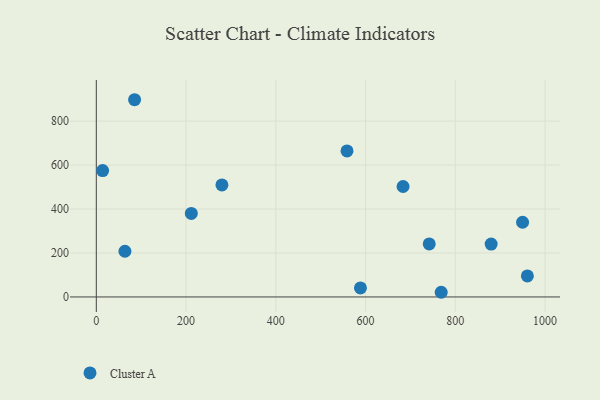
{"axis": {"x": "Price", "y": "Salary"}, "legend": ["Cluster A"], "data": [{"x": "768.5", "y": 21.3, "type": "Cluster A"}, {"x": "683.5", "y": 502.6, "type": "Cluster A"}, {"x": "879.8", "y": 240.7, "type": "Cluster A"}, {"x": "14.1", "y": 574.8, "type": "Cluster A"}, {"x": "279.9", "y": 509.6, "type": "Cluster A"}, {"x": "741.8", "y": 241.4, "type": "Cluster A"}, {"x": "960.5", "y": 95.6, "type": "Cluster A"}, {"x": "949.8", "y": 339.9, "type": "Cluster A"}, {"x": "558.6", "y": 664.3, "type": "Cluster A"}, {"x": "211.7", "y": 379.9, "type": "Cluster A"}, {"x": "85.3", "y": 897.3, "type": "Cluster A"}, {"x": "588.6", "y": 41.1, "type": "Cluster A"}, {"x": "63.8", "y": 208.0, "type": "Cluster A"}]}